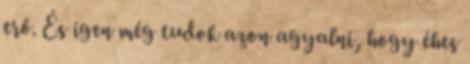
erő. És igen még tudok azon agyalni, hogy éhes